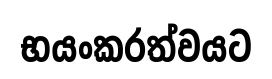
භයංකරත්වයට